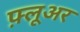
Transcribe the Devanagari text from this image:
फ़्लूअर